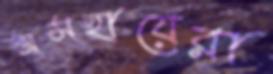
অসহায়েরা